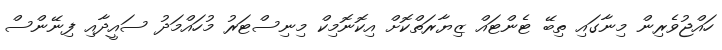
ހައްޖުވެރިން މިނާގައި ތިބޭ ޓެންޓައް ޒިޔާރަތްކޮށް އިކޮނޮމިކް މިނިސްޓަރު މުހައްމަދު ސައީދާއި ފިނޭންސް